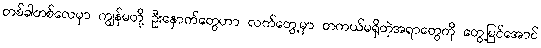
တစ်ခါတစ်လေမှာ ကျွန်မတို့ ဦးနှောက်တွေဟာ လက်တွေ့မှာ တကယ်မရှိတဲ့အရာတွေကို တွေ့မြင်အောင်